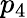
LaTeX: p_{4}